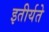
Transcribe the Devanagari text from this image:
इतीर्यते